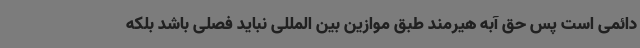
دائمی است پس حق آبه هیرمند طبق موازین بین المللی نباید فصلی باشد بلکه